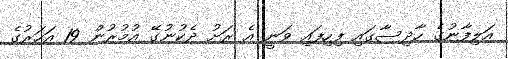
އަލިފާނުގެ ހާދިސާގައި ފިހިފައި ވަނީ އެ ރަށު ދެކުނުގޭ އުމުރުން 19 އަހަރުގެ